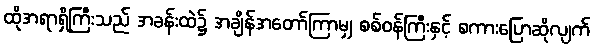
ထိုအရာရှိကြီးသည် အခန်းထဲ၌ အချိန်အတော်ကြာမျှ စစ်ဝန်ကြီးနှင့် စကားပြောဆိုလျက်